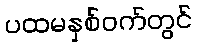
ပထမနှစ်ဝက်တွင်